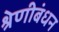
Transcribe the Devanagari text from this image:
श्रेणीबंधन